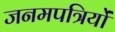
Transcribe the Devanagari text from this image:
जनमपत्रियों